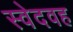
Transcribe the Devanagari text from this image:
स्वेदवह